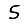
Digit: 5